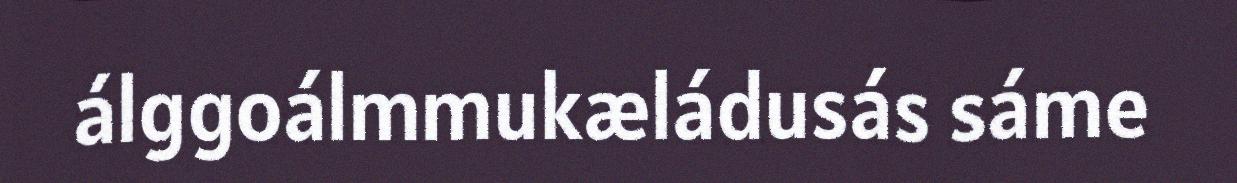
álggoálmmukæládusás sáme